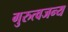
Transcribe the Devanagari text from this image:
गुरुत्वजन्य